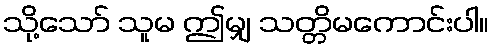
သို့သော် သူမ ဤမျှ သတ္တိမကောင်းပါ။